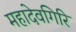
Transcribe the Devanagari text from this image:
महादेवगिरि